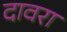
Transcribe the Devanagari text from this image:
दावरा